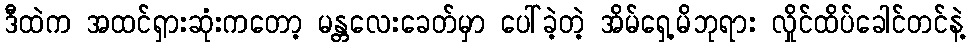
ဒီထဲက အထင်ရှားဆုံးကတော့ မန္တလေးခေတ်မှာ ပေါ်ခဲ့တဲ့ အိမ်ရှေ့မိဘုရား လှိုင်ထိပ်ခေါင်တင်နဲ့